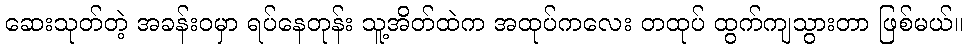
ဆေးသုတ်တဲ့ အခန်းဝမှာ ရပ်နေတုန်း သူ့အိတ်ထဲက အထုပ်ကလေး တထုပ် ထွက်ကျသွားတာ ဖြစ်မယ်။